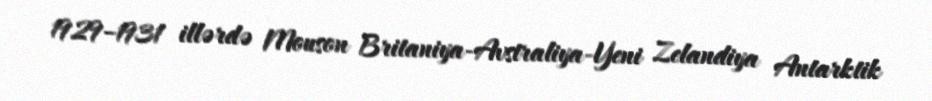
1929–1931 illərdə Mouson Britaniya-Avstraliya-Yeni Zelandiya Antarktik